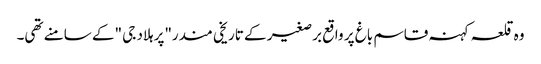
وہ قلعہ کہنہ قاسم باغ پر واقع برصغیر کے تاریخی مندر"پرہلاد جی "کے سامنے تھی۔